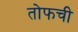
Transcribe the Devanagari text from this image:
तोफची